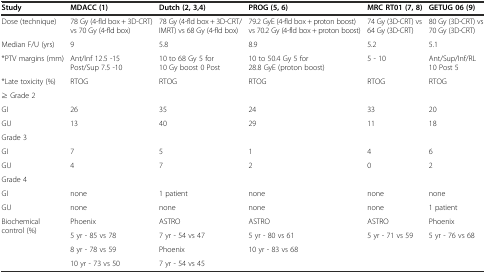
<table><thead><tr><td><b>Study</b></td><td><b>MDACC (1)</b></td><td><b>Dutch (2, 3,4)</b></td><td><b>PROG (5, 6)</b></td><td><b>MRC RT01 (7, 8)</b></td><td><b>GETUG 06 (9)</b></td></tr></thead><tbody><tr><td>Dose (technique)</td><td>78 Gy (4-fld box + 3D-CRT) vs 70 Gy (4-fld box)</td><td>78 Gy (4-fld box + 3D-CRT/IMRT) vs 68 Gy (4-fld box)</td><td>79.2 GyE (4-fld box + proton boost) vs 70.2 Gy (4-fld box + proton boost)</td><td>74 Gy (3D-CRT) vs 64 Gy (3D-CRT)</td><td>80 Gy (3D-CRT) vs 70 Gy (3D-CRT)</td></tr><tr><td>Median F/U (yrs)</td><td>9</td><td>5.8</td><td>8.9</td><td>5.2</td><td>5.1</td></tr><tr><td>*PTV margins (mm)</td><td>Ant/Inf 12.5 -15 Post/Sup 7.5 -10</td><td>10 to 68 Gy 5 for 10 Gy boost 0 Post</td><td>10 to 50.4 Gy 5 for 28.8 GyE (proton boost)</td><td>5 - 10</td><td>Ant/Sup/Inf/RL 10 Post 5</td></tr><tr><td>*Late toxicity (%)</td><td>RTOG</td><td>RTOG</td><td>RTOG</td><td>RTOG</td><td>RTOG</td></tr><tr><td colspan="6">≥ Grade 2</td></tr><tr><td>GI</td><td>26</td><td>35</td><td>24</td><td>33</td><td>20</td></tr><tr><td>GU</td><td>13</td><td>40</td><td>29</td><td>11</td><td>18</td></tr><tr><td colspan="6">Grade 3</td></tr><tr><td>GI</td><td>7</td><td>5</td><td>1</td><td>4</td><td>6</td></tr><tr><td>GU</td><td>4</td><td>7</td><td>2</td><td>0</td><td>2</td></tr><tr><td colspan="6">Grade 4</td></tr><tr><td>GI</td><td>none</td><td>1 patient</td><td>none</td><td>none</td><td>none</td></tr><tr><td>GU</td><td>none</td><td>none</td><td>none</td><td>none</td><td>1 patient</td></tr><tr><td rowspan="4">Biochemical control (%)</td><td>Phoenix</td><td>ASTRO</td><td>ASTRO</td><td>ASTRO</td><td>Phoenix</td></tr><tr><td>5 yr - 85 vs 78</td><td>7 yr - 54 vs 47</td><td>5 yr - 80 vs 61</td><td>5 yr - 71 vs 59</td><td>5 yr - 76 vs 68</td></tr><tr><td>8 yr - 78 vs 59</td><td>Phoenix</td><td>10 yr - 83 vs 68</td><td></td><td></td></tr><tr><td>10 yr - 73 vs 50</td><td>7 yr - 54 vs 45</td><td></td><td></td><td></td></tr></tbody></table>